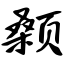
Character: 颡